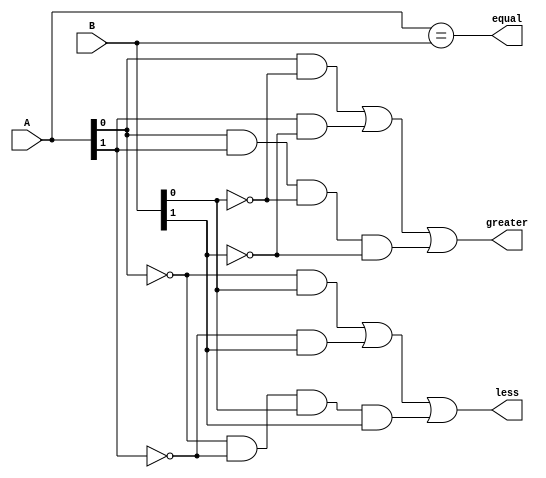
module two_bit_comparator (
    input [1:0] A,
    input [1:0] B,
    output equal,
    output greater,
    output less
);

assign equal = (A == B);
assign greater = ((A[0] & !B[0]) | (A[1] & !B[1]) | (A[0] & A[1] & !B[0] & !B[1]));
assign less = ((!A[0] & B[0]) | (!A[1] & B[1]) | (!A[0] & !A[1] & B[0] & B[1]));

endmodule